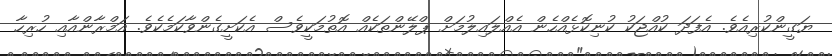
ޔަގީންކުރިއެވެ. އެފަދަ ކުއްޖަކު ކުނިކޮޅެއްހެން އެއްލައިލުމަށް ޕްލޭންތަކެއް އޮތުމަކީވެސް އެކަށީގެންވާކަމެކެވެ. އަމްރާންއާއި ހުރިހާ